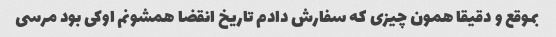
بموقع و دقیقا همون چیزی که سفارش دادم تاریخ انقضا همشونم اوکی بود مرسی